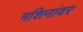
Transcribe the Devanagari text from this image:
मशिनांवर